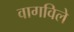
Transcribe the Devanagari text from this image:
वागविले